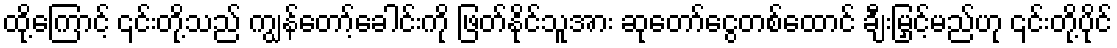
ထို့ကြောင့် ၎င်းတို့သည် ကျွန်တော့်ခေါင်းကို ဖြတ်နိုင်သူအား ဆုတော်ငွေတစ်ထောင် ချီးမြှင့်မည်ဟု ၎င်းတို့ပိုင်